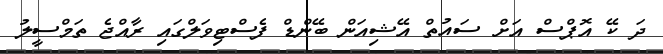
ދަ ކޭ އޮޕްސް އަށް ސައުތް އޭޝިއަން ބޭންޑް ފެސްޓިވަލްގައި ރާއްޖެ ތަމްސީލު